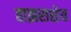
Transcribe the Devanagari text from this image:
हाझराशेय